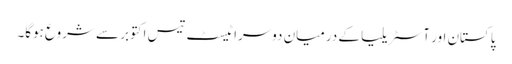
پاکستان اور آسٹریلیا کے درمیان دوسرا ٹیسٹ تیس اکتوبر سے شروع ہوگا۔